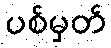
ပစ်မှတ်